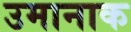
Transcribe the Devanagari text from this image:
उमानाक